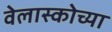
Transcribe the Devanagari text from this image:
वेलास्कोच्या